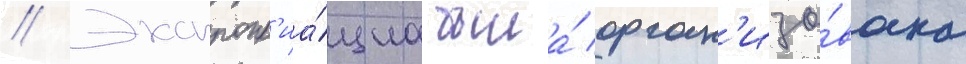
// Экспропр'иа́циа была́ орган'изо́вана